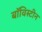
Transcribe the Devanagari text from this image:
बॉविस्टीन